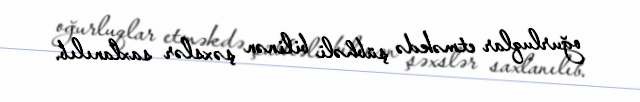
oğurluqlar etməkdə şübhəli bilinən şəxslər saxlanılıb.